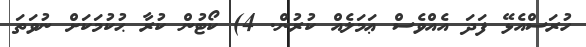
ހުރަސްއެޅޭ ފަދަ އެއްވެސް ޢަމަލެއް ކުރުން. 4) ކޯޓުން ކުރާ ޙުކުމަކަށް ނުވަތަ